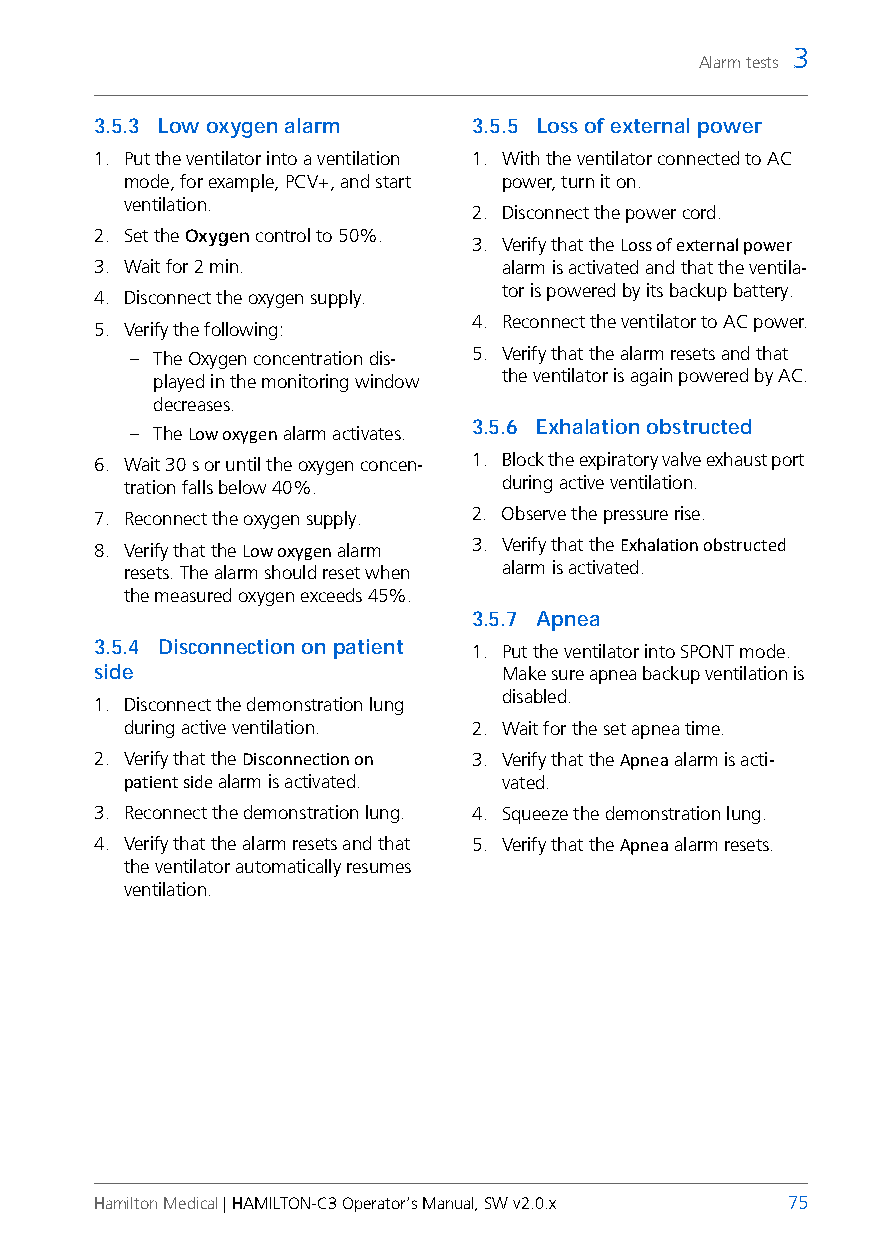
3
 Alarm tests
 3.5.3 Low oxygen alarm   3.5.5 Loss of external power
 1. Put the ventilator into a ventilation 1. With the ventilator connected to AC
 mode, for example, PCV+, and start power, turn it on.
 ventilation.
 2. Disconnect the power cord.
 2. Set the Oxygen control to 50%.
 3. Verify that the Loss of external power
 3. Wait for 2 min.         alarm is activated and that the ventila-
 tor is powered by its backup battery.
 4. Disconnect the oxygen supply.
 4. Reconnect the ventilator to AC power.
 5. Verify the following:
 – The Oxygen concentration dis- 5. Verify that the alarm resets and that
 played in the monitoring window the ventilator is again powered by AC.
 decreases.
 3.5.6 Exhalation obstructed
 – The Low oxygen alarm activates.
 6. Wait 30 s or until the oxygen concen- 1. Block the expiratory valve exhaust port
 tration falls below 40%. during active ventilation.
 7. Reconnect the oxygen supply. 2. Observe the pressure rise.
 8. Verify that the Low oxygen alarm 3. Verify that the Exhalation obstructed
 resets. The alarm should reset when alarm is activated.
 the measured oxygen exceeds 45%.
 3.5.7 Apnea
 3.5.4 Disconnection on patient 1. Put the ventilator into SPONT mode.
 side                       Make sure apnea backup ventilation is
 disabled.
 1. Disconnect the demonstration lung
 during active ventilation. 2. Wait for the set apnea time.
 2. Verify that the Disconnection on 3. Verify that the Apnea alarm is acti-
 patient side alarm is activated. vated.
 3. Reconnect the demonstration lung. 4. Squeeze the demonstration lung.
 4. Verify that the alarm resets and that 5. Verify that the Apnea alarm resets.
 the ventilator automatically resumes
 ventilation.
 Hamilton Medical | HAMILTON-C3 Operator’s Manual, SW v2.0.x 75